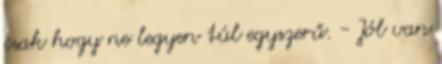
csak hogy ne legyen túl egyszerű. - Jól van